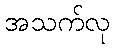
အသက်လု